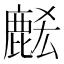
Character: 𪊭